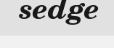
sedge